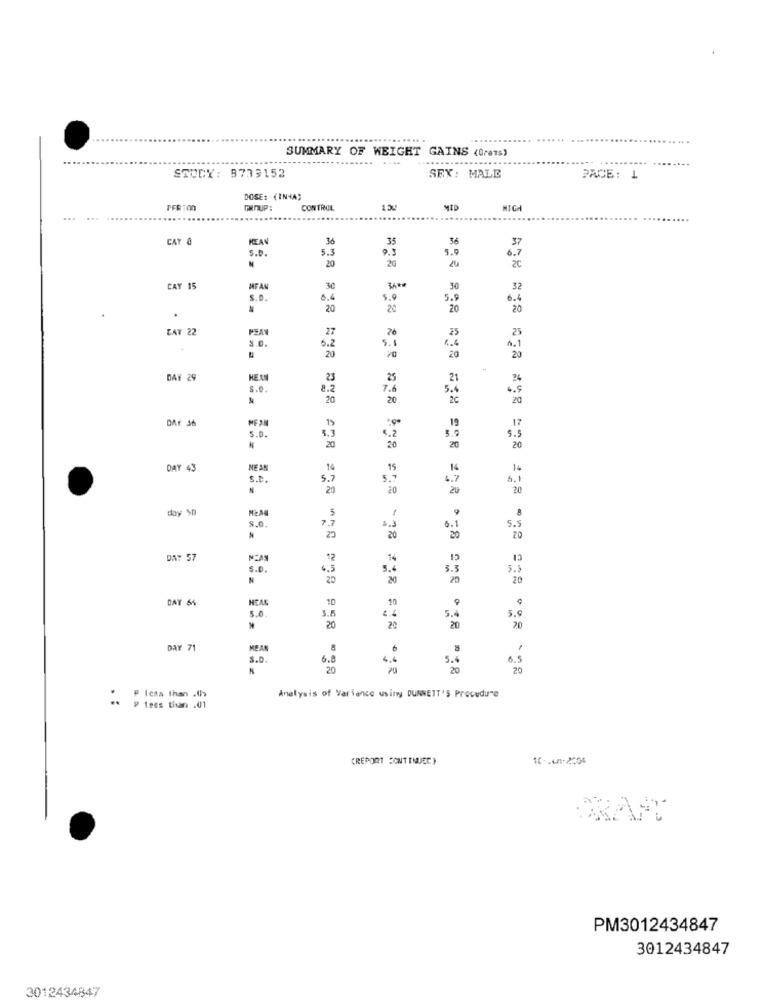
....
SUMMARY OF WEIGHT GAINS (Grams)
...
STUDY: 3733152
SEX: MALE
PACE: 1
DOSE: (INHA)
TFR100
GROUP:
CONTROL
MID
NICA
...
CAY 0
36
35
36
KEAV
5.3
5.0
5.0.
20
20
6.7
20
CAY 15
MFAN
30
30
32
S.D.
0.4
5.9
5.9
6.4
20
20
20
20
CAY 22
PEAN
27
3.0.
76
25
25
5.2
6.1
20
20
20
20
DAY 29
23
25
21
24
s.e.
8.2
7.6
5.
4.9
20
20
2C
DAY 36
19
17
S . D .
5.2
3.3
5.5
20
20
20
20
DAY 43
NE AN
14
14
14
S.t.
5.7
5.7
4.7
20
20
2
20
doy $0
5
9
7.7
6.1
4.3
5.
20
20
20
DN: 57
12
14
15
13
S . D .
4.5
5.4
3.5
5.3
N
20
20
20
DAY 64
HEAL
10
10
9
5.0
3.8
4.4
5.4
5.9
20
2º
20
70
DAY 71
MEAN
8
-
3.0.
6.8
4.6
5.4
6.5
20
20
20
20
:
F Icas than .(h>
Analysis of Variance wsiny DUNNEIT'S Procedure
less than .01
CREPORT CONTINUEC)
PM3012434847
3012434847
3012434847